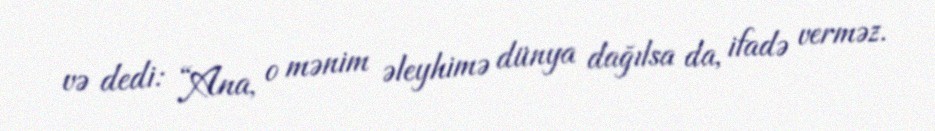
və dedi: “Ana, o mənim əleyhimə dünya dağılsa da, ifadə verməz.